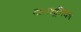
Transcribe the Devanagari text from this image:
बालभूमिका